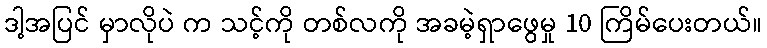
ဒါ့အပြင် မှာလိုပဲ က သင့်ကို တစ်လကို အခမဲ့ရှာဖွေမှု 10 ကြိမ်ပေးတယ်။